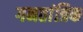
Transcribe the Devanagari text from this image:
गनतांत्रिक